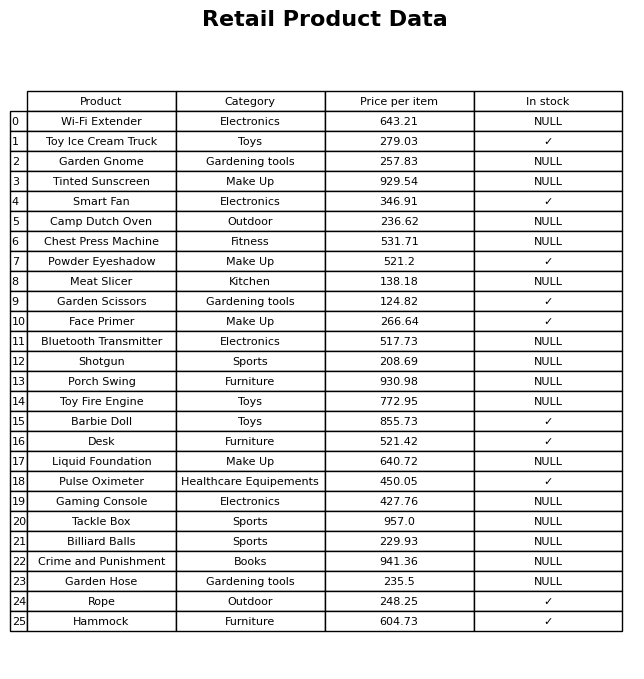
question: What is the price for Smart Fan?
answer: The price of Smart Fan is 346.91.